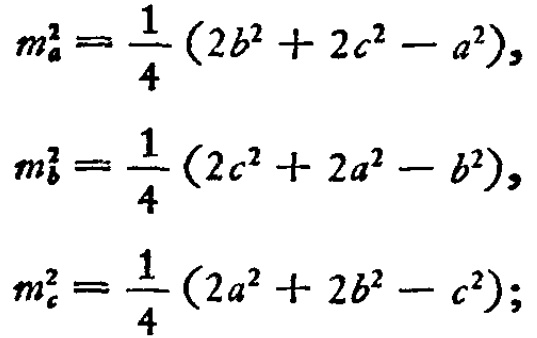
\[

\begin{align*}

m_{a}^{2}&=\frac{1}{4}(2b^{2}+2c^{2}-a^{2}),\\

m_{b}^{2}&=\frac{1}{4}(2c^{2}+2a^{2}-b^{2}),\\

m_{c}^{2}&=\frac{1}{4}(2a^{2}+2b^{2}-c^{2});

\end{align*}

\]